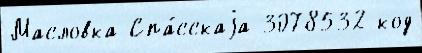
Масловка Спа́сскаjа 3078532 код